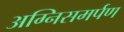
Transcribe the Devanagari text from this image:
अग्निसमर्पण